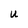
Character: U